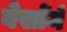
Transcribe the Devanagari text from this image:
बेसोंमें